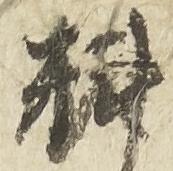
料